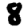
Digit: 8